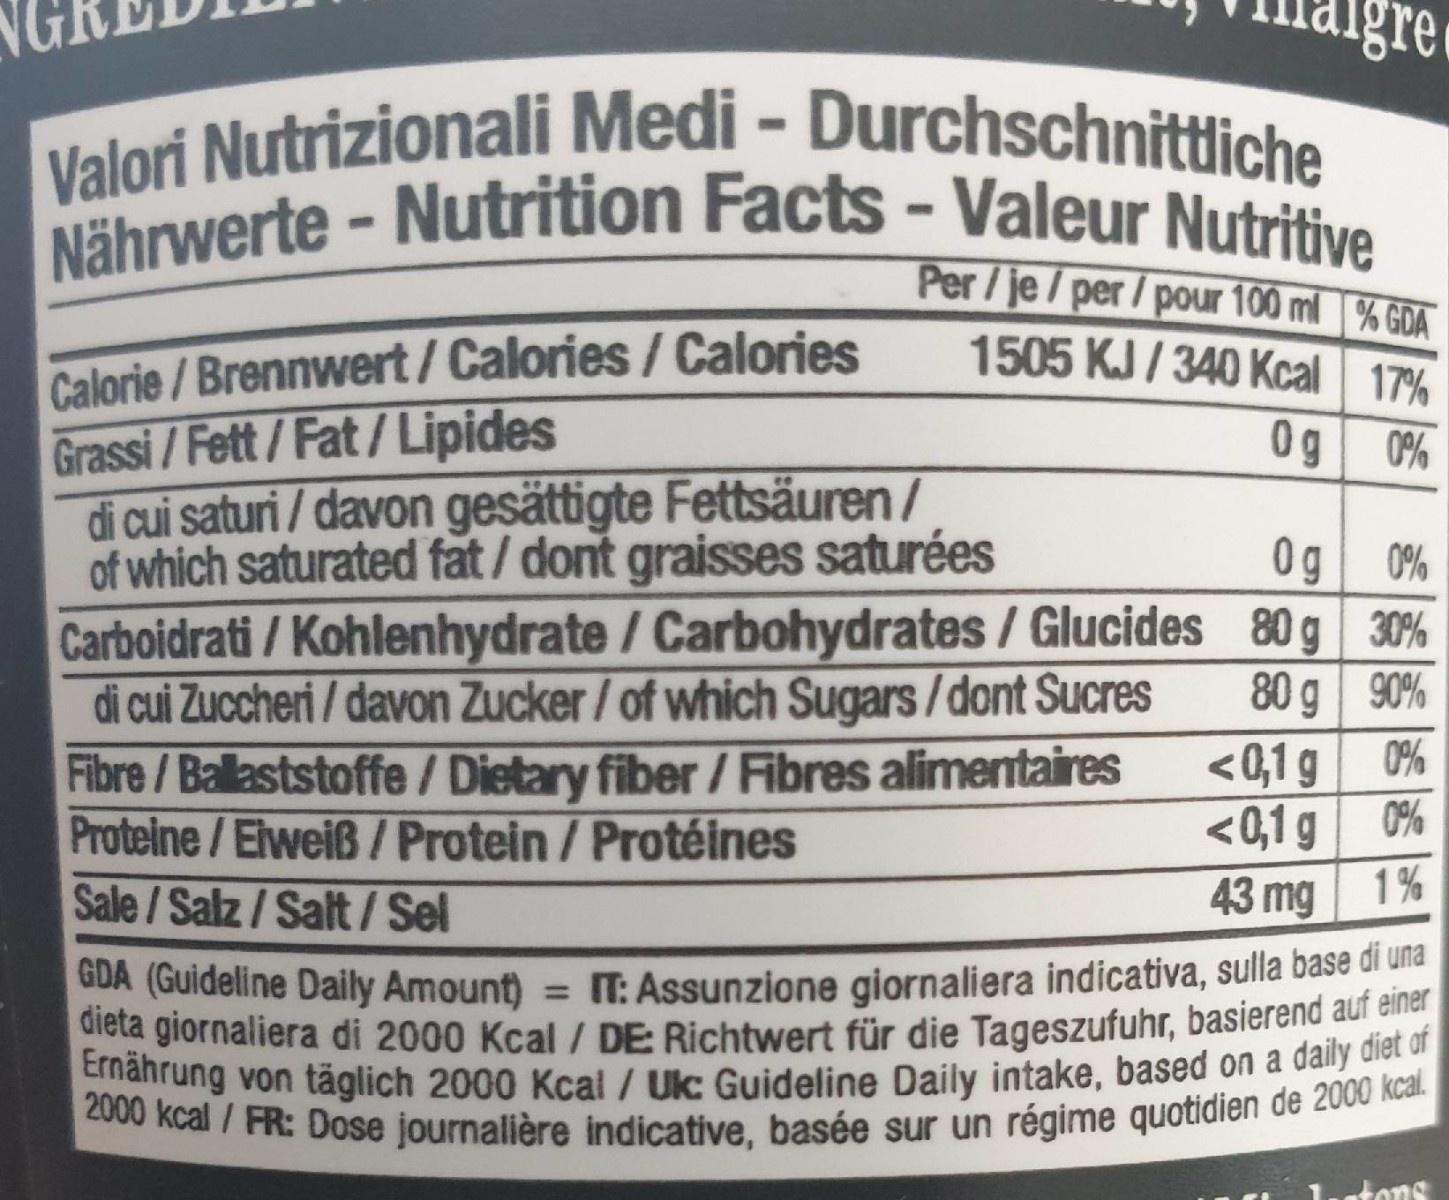
gre
Valori Nutrizionali Medi - Durchschnittliche Nährwerte - Nutrition Facts - Valeur Nutritive
Per/je/per/pour 100 ml % GDA
Calorie/Brennwert/Calories/ Calories Grassi / Fett/Fat/ Lipides di cui saturi / davon gesättigte Fettsäuren/ of which saturated fat/dont graisses saturées Carboidrati /Kohlenhydrate /Carbohydrates/Glucides 80g 30% di cui Zuccheri / davon Zucker/of which Sugars/dont Sucres Fibre/Ballaststoffe /Dietary fiber / Fibres alimentaires Proteine/Elweiß / Protein/Protéines Sale / Salz / Salt /Sel
1505 KJ / 340 Kcal 17%
0g
0%
0g
0%
80 g 90%
<0,1 g
0%
<0,1 g
0%
43 mg 1%
GUA (Guideline Daily Amount) = T: Assunzione giornaliera indicativa, sulla base di una dieta giornaliera di 2000 Kcal / DE Richtwert für die Tageszufuhr, basierend auf einer Ernährung von täglich 2000 Kcal / Ukc Guideline Daily intake, based on a daily diet of 2000 kcal/FR: Dose journalière indicative, basée sur un régime quotidien de 2000 kcal.
tons